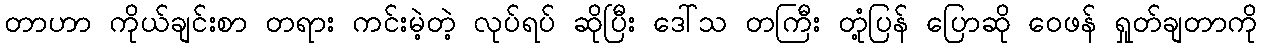
တာဟာ ကိုယ်ချင်းစာ တရား ကင်းမဲ့တဲ့ လုပ်ရပ် ဆိုပြီး ဒေါ်သ တကြီး တုံ့ပြန် ပြောဆို ဝေဖန် ရှုတ်ချတာကို